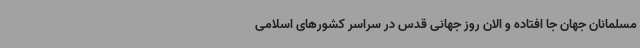
مسلمانان جهان جا افتاده و الان روز جهانی قدس در سراسر کشورهای اسلامی